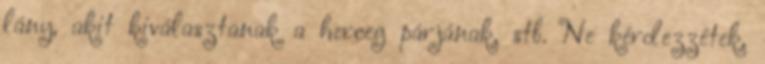
lány, akit kiválasztanak a herceg párjának, stb. Ne kérdezzétek,